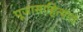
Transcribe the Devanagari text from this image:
पूजासाहित्यात